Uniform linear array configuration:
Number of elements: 48
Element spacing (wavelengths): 0.5
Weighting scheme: cosine
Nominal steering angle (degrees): -45
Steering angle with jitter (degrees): -43.005
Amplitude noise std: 0.05
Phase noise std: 0.05

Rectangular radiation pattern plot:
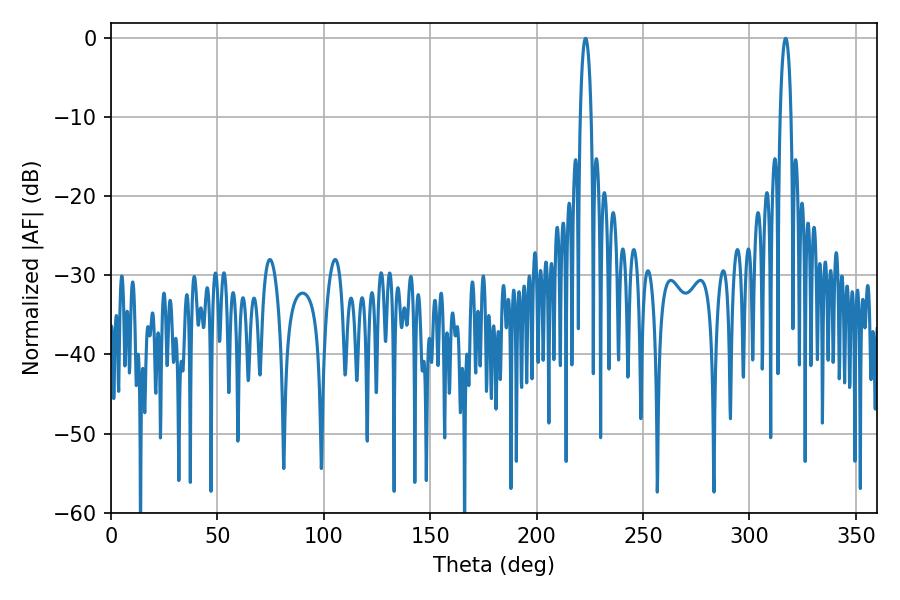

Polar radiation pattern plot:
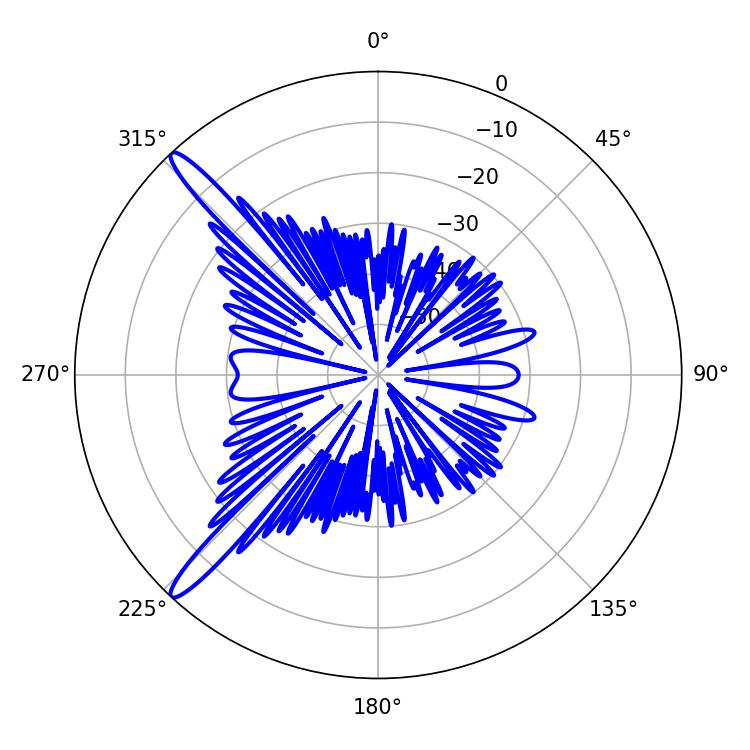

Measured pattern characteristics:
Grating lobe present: FALSE
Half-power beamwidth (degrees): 2.88
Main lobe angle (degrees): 316.98